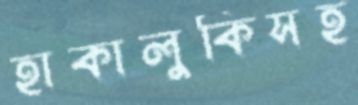
হাকালুকিসহ